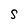
Character: S